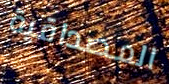
المصداقية